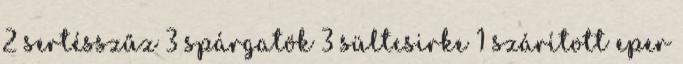
2 sertésszűz 3 spárgatök 3 sültcsirke 1 szárított eper